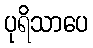
ပုရိသာပေ